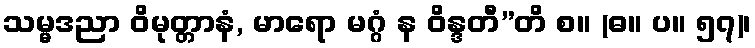
သမ္မဒညာ ဝိမုတ္တာနံ, မာရော မဂ္ဂံ န ဝိန္ဒတီ”တိ စ။ (ဓ။ ပ။ ၅၇)၊